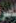
ناصر